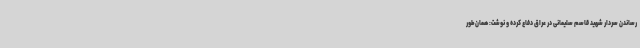
رساندن سردار شهید قاسم سلیمانی در عراق دفاع کرده و نوشت: همان‌طور